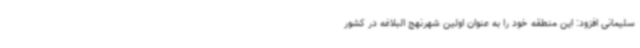
سلیمانی افزود: این منطقه خود را به عنوان اولین شهرنهج البلاغه در کشور